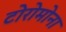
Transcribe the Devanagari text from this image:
टोरोमोना